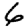
Digit: 6